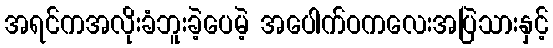
အရင်ကအလိုးခံဘူးခဲ့ပေမဲ့ အပေါက်ဝကလေးအပြဲသားနှင့်